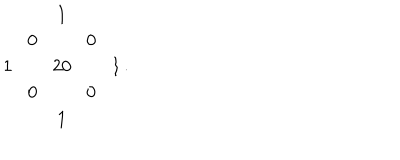
LaTeX: \begin{array} { c c c c c } { { } } & { { } } & { { 1 } } & { { } } & { { } } \\ { { } } & { { 0 \! } } & { { } } & { { \! 0 } } & { { } } \\ { { 1 \! } } & { { \! } } & { { 2 0 } } & { { \! } } & { { \! 1 } } \\ { { } } & { { 0 \! } } & { { } } & { { \! 0 } } & { { } } \\ { { } } & { { } } & { { 1 } } & { { } } & { { } } \\ \end{array} .